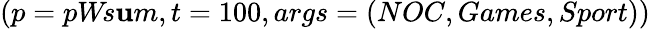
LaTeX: (p=pW\! s\mathbf{u}m,t=100,args=(NOC,Games,Sport))